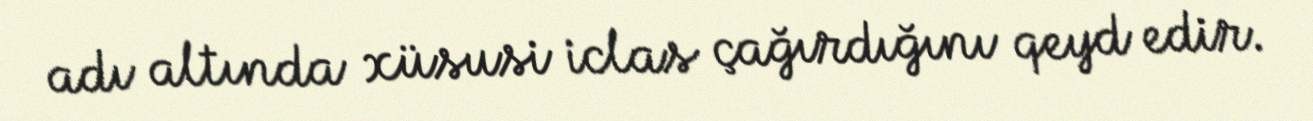
adı altında xüsusi iclas çağırdığını qeyd edir.